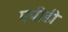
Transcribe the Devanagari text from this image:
एपीडी